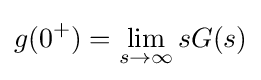
g(0^{+})=\lim _{s\to \infty }sG(s)